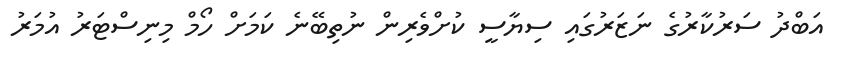
އަބްދު ސަރުކާރުގެ ނަޒަރުގައި ސިޔާސީ ކުށްވެރިން ނުތިބޭނެ ކަމަށް ހޯމް މިނިސްޓަރު އުމަރު